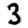
Digit: 3